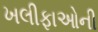
ખલીફાઓની